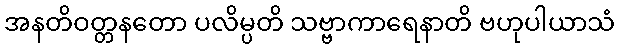
အနတိဝတ္တနတော ပလိမ္ပတိ သဗ္ဗာကာရေနာတိ ဗဟုပါယာသံ